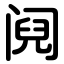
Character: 阋